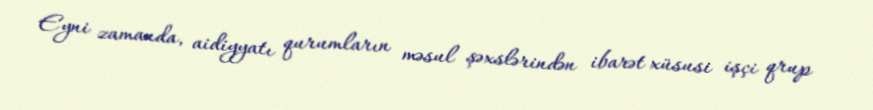
Eyni zamanda, aidiyyatı qurumların məsul şəxslərindən ibarət xüsusi işçi qrup